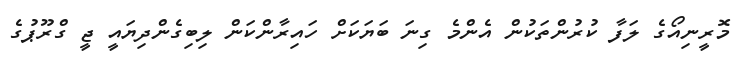
މޮރީނިއޯގެ ލަފާ ކުރުންތަކުން އެންމެ ގިނަ ބަޔަކަށް ހައިރާންކަން ލިބިގެންދިޔައީ ޖީ ގްރޫޕުގެ